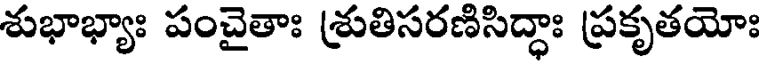
శుభాభ్యాః పంచైతాః శ్రుతిసరణిసిద్ధాః ప్రకృతయోః